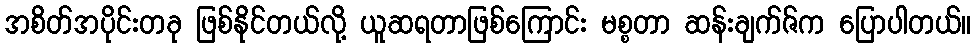
အစိတ်အပိုင်းတခု ဖြစ်နိုင်တယ်လို့ ယူဆရတာဖြစ်ကြောင်း မစ္စတာ ဆန်းချက်ဇ်က ပြောပါတယ်။